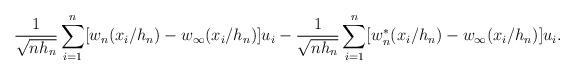
LaTeX: \begin{align*}\frac{1}{\sqrt{nh_n}}\sum_{i=1}^n [w_n(x_i/h_n)-w_\infty(x_i/h_n)]u_i-\frac{1}{\sqrt{nh_n}}\sum_{i=1}^n [w_n^*(x_i/h_n)-w_\infty(x_i/h_n)]u_i.\end{align*}